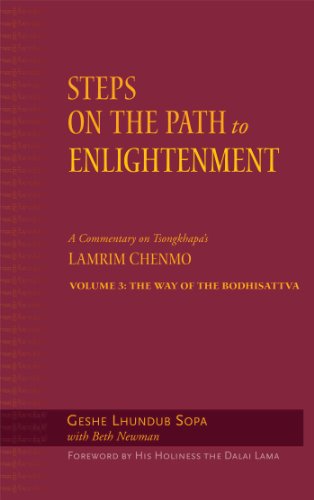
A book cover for Steps on the Path to Enlightenment: A Commentary on Tsongkhapa's Lamrim Chenmo, Volume 3: The Way of the Bodhisattva; Geshe Lhundub Sopa; Religion & Spirituality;